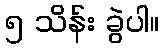
၅ သိန်း ခွဲပါ။